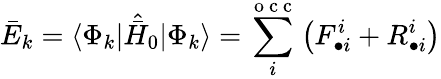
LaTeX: \bar{E}_{k}=\langle\Phi_{k}|\hat{\bar{H}}_{0}|\Phi_{k}\rangle=\sum_{i}^{\mathrm{~o~c~c~}}\big(F_{\bullet i}^{i}+R_{\bullet i}^{i}\big)